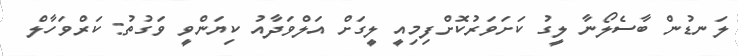
ލަނޑުން ބާސެލޯނާ ލީގު ކަށަވަރުކޮށްފިމިއީ ލީގަށް އަލްވަދާއު ކިޔަންވީ ވަގުތު: ކަރްވަހާލް